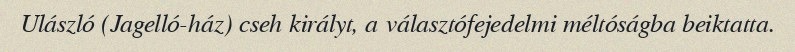
Ulászló (Jagelló-ház) cseh királyt, a választófejedelmi méltóságba beiktatta.